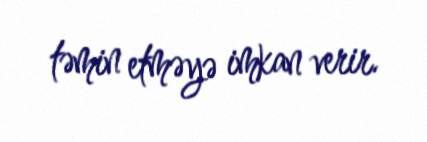
təmin etməyə imkan verir.